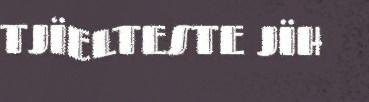
TJÏELTESTE JÏH